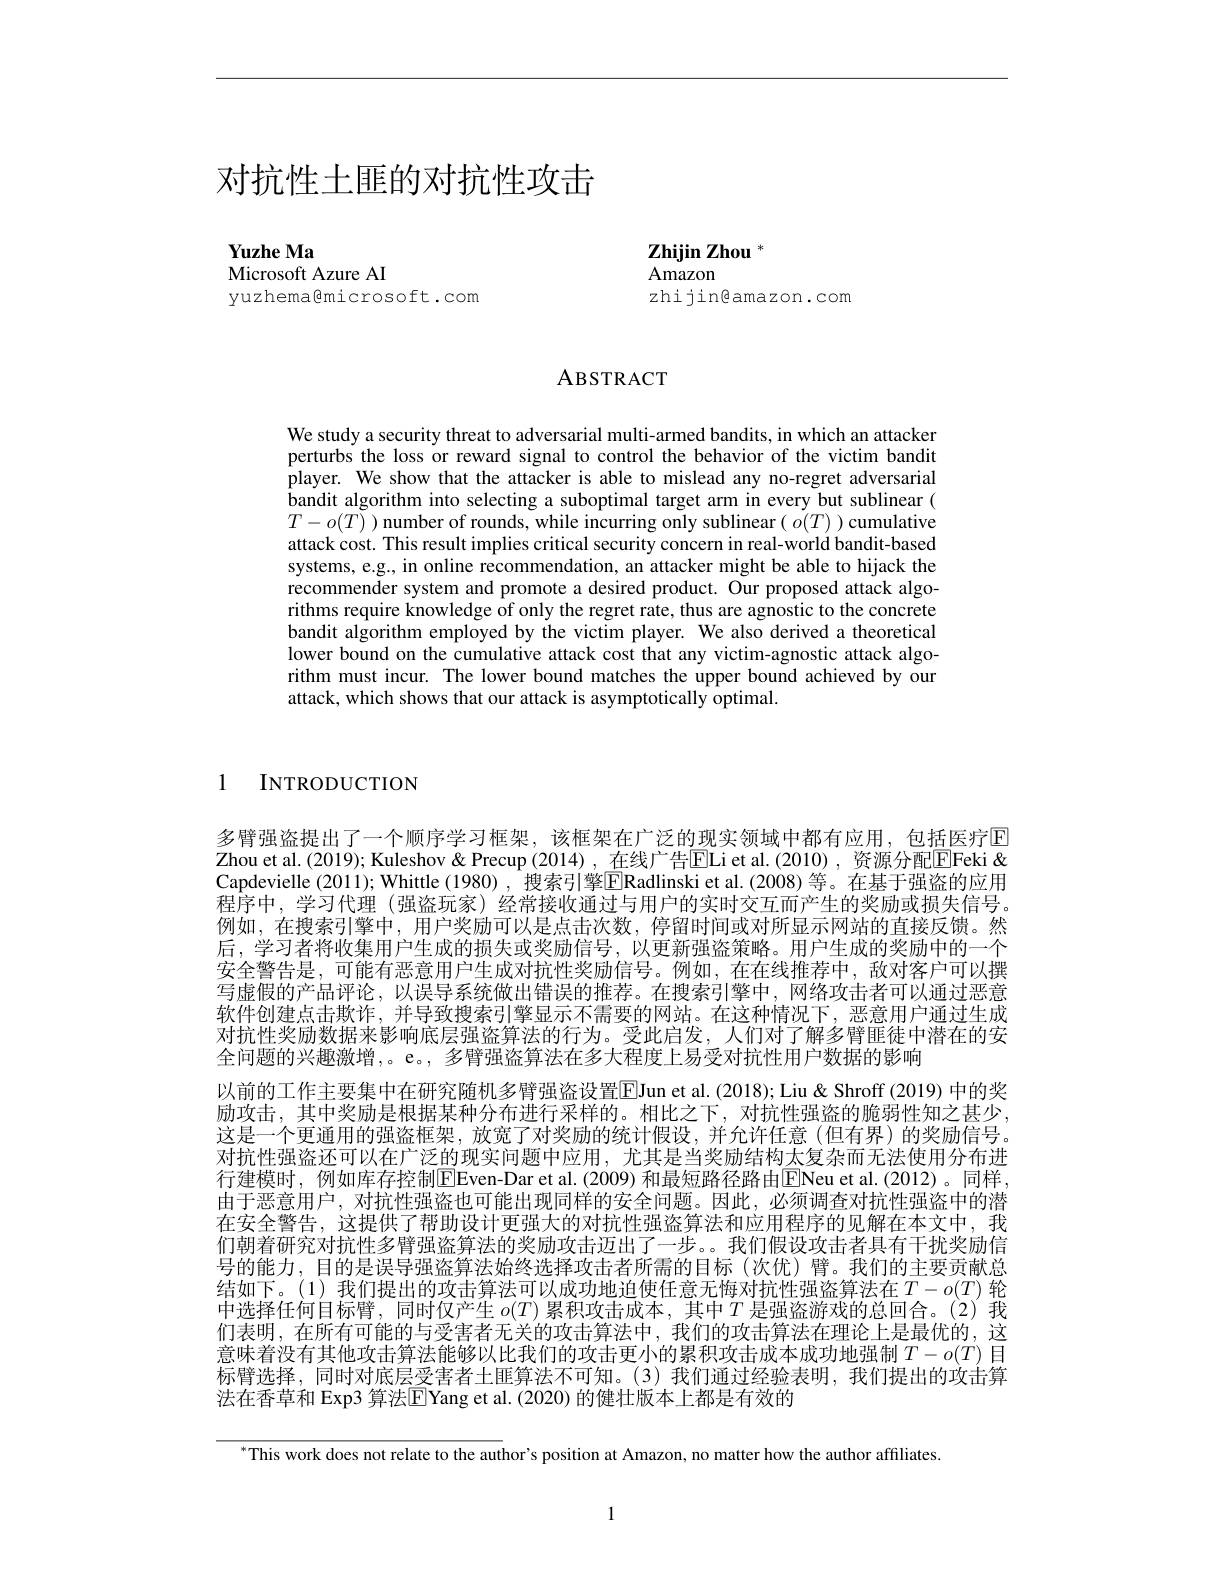
# 对抗性土匪的对抗性攻击

$\mathbf{YuzheMa}$
Microsoft Azure AI

yuzhema@microsoft.com

Zhijin Zhou $^{*}$
Amazon

zhijingamazon.com

ABSTRACT

We study a security threat to adversarial multi-armed bandits, in which an attacker perturbs the loss or reward signal to control the behavior of the victim bandit player. We show that the attacker is able to mislead any no-regret adversarial bandit algorithm into selecting a suboptimal target arm in every but sublinear ( $T-o(T)$ number of rounds, while incurring only sublinear( $o(T))$ cumulative attack cost. This result implies critical security concern in real-world bandit-based systems, e.g., in online recommendation, an attacker might be able to hijack the recommender system and promote a desired product. Our proposed attack algorithms require knowledge of only the regret rate, thus are agnostic to the concrete bandit algorithm employed by the victim player. We also derived a theoretical lower bound on the cumulative attack cost that any victim-agnostic attack algorithm must incur. The lower bound matches the upper bound achieved by our attack, which shows that our attack is asymptotically optimal.

1

INTRODUCTION

多臂强盗提出了一个顺序学习框架，该框架在广泛的现实领域中都有应用，包括医疗$\color{red}{\boxed{E}}$ Zhou et al.(2019); Kuleshov& Precup (2014), 在线广告ELi et al.(2010), 资源分配$\boxed{\mathrm{Feki}}$ " Capdevielle (2011); Whittle (1980) , 搜索引擎$\boxed{\mathrm{E}}$Radlinski et al.(2008) 等。在基于强盗的应用程序中，学习代理 (强盗玩家) 经常接收通过与用户的实时交互而产生的奖励或损失信号。例如，在搜索引擎中，用户奖励可以是点击次数，停留时间或对所显示网站的直接反馈。然后，学习者将收集用户生成的损失或奖励信号，以更新强盗策略。用户生成的奖励中的一个安全警告是，可能有恶意用户生成对抗性奖励信号。例如，在在线推荐中，敌对客户可以撰写虚假的产品评论，以误导系统做出错误的推荐。在搜索引擎中，网络攻击者可以通过恶意软件创建点击欺诈，并导致搜索引擎显示不需要的网站。在这种情况下，恶意用户通过生成对抗性奖励数据来影响底层强盗算法的行为。受此启发，人们对了解多臂匪徒中潜在的安全问题的兴趣激增，。e。, 多臂强盗算法在多大程度上易受对抗性用户数据的影响
以前的工作主要集中在研究随机多臂强盗设置$\overline{\mathrm{E}}$Jun et al. (2018); Liu & Shroff (2019) 中的奖励攻击，其中奖励是根据某种分布进行采样的。相比之下，对抗性强盗的脆弱性知之甚少， 这是一个更通用的强盗框架，放宽了对奖励的统计假设，并允许任意(但有界)的奖励信号。对抗性强盗还可以在广泛的现实问题中应用，尤其是当奖励结构太复杂而无法使用分布进行建模时，例如库存控制$\boxed{\mathrm{E}}$ven-Dar et al.(2009) 和最短路径路由[E]Neu et al.(2012)。同样由于恶意用户，对抗性强盗也可能出现同样的安全问题。因此，必须调查对抗性强盗中的潜在安全警告，这提供了帮助设计更强大的对抗性强盗算法和应用程序的见解在本文中，我们朝着研究对抗性多臂强盗算法的奖励攻击迈出了一步。。我们假设攻击者具有干扰奖励信号的能力，目的是误导强盗算法始终选择攻击者所需的目标(次优)臂。我们的主要贡献总结如下。(1)我们提出的攻击算法可以成功地迫使任意无悔对抗性强盗算法在$T-o(T)$ 轮中选择任何目标臂，同时仅产生$o(T)$累积攻击成本 ,其中$T$是强盗游戏的总回合。(2)我们表明，在所有可能的与受害者无关的攻击算法中，我们的攻击算法在理论上是最优的，这意味着没有其他攻击算法能够以比我们的攻击更小的累积攻击成本成功地强制$T-o(T)$目标臂选择，同时对底层受害者土匪算法不可知。(3)我们通过经验表明，我们提出的攻击算法在香草和 Exp3 算法$\boxed{\mathrm{F}}$Yang et al. (2020) 的健壮版本上都是有效的

$^{*}$This work does not relate to the author's position at Amazon, no matter how the author affiliates.

1